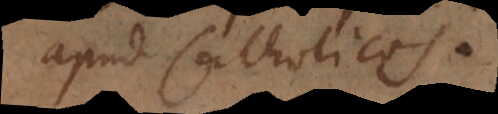
apud Catholicos.